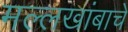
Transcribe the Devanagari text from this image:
मल्लखांबाचे